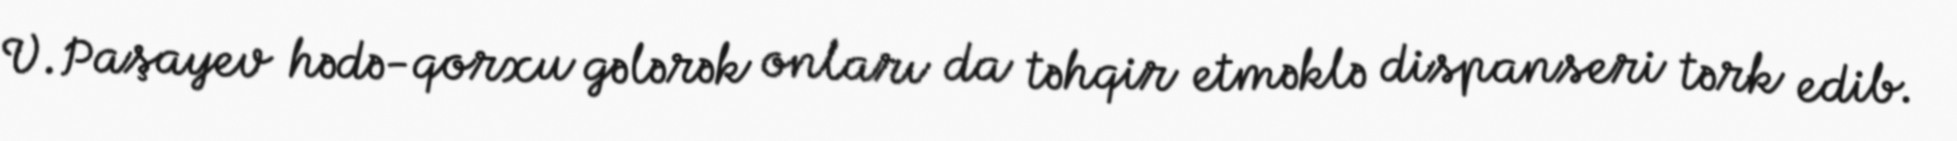
V.Paşayev hədə-qorxu gələrək onları da təhqir etməklə dispanseri tərk edib.